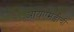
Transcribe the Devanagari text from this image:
आयएमडीची